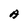
Character: A